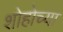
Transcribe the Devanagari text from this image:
शोहोच्या